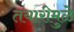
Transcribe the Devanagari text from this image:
तयारीमुळे